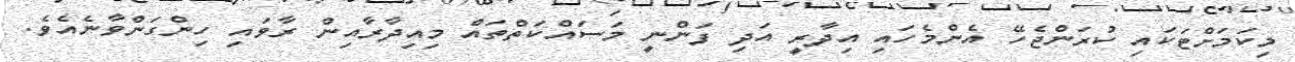
މިކަމަށްޓަކައި ކުރަންޖެހޭ އެންމެހައި އިދާރީ އަދި ފަންނީ މަސައްކަތްތައް މިއިދާރާއިން ރާވައި ހިންގަންވާނެއެވެ.